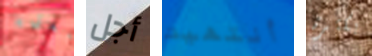
معلمه أجل أنتهيت بكثرة